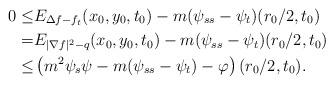
LaTeX: \begin{align*}0\leq& E_{\Delta f-f_t}(x_0,y_0,t_0)-m(\psi_{ss}-\psi_t)(r_0/2,t_0)\\=&E_{|\nabla f|^2-q}(x_0,y_0,t_0)-m(\psi_{ss}-\psi_t)(r_0/2,t_0)\\\leq&\left(m^2\psi_s\psi-m(\psi_{ss}-\psi_t)-\varphi\right)(r_0/2,t_0).\\\end{align*}